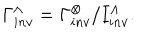
LaTeX: \Gamma _ { i n v } ^ { \wedge } = \Gamma _ { i n v } ^ { \otimes } / I _ { i n v } ^ { \wedge } .